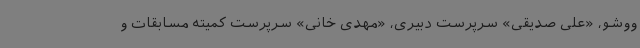
ووشو، «علی صدیقی» سرپرست دبیری، «مهدی خانی» سرپرست کمیته مسابقات و